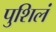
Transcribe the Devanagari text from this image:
पुशिलं